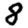
Digit: 8